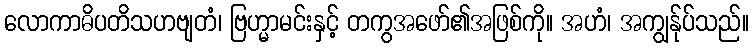
လောကာဓိပတိသဟဗျတံ၊ ဗြဟ္မာမင်းနှင့် တကွအဖော်၏အဖြစ်ကို။ အဟံ၊ အကျွန်ုပ်သည်။